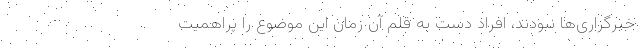
خبرگزاری‌ها نبودند، افراد دست به قلم آن زمان این موضوع را پراهمیت